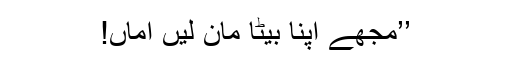
’’مجھے اپنا بیٹا مان لیں اماں!